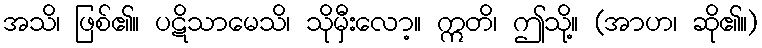
အသိ၊ ဖြစ်၏။ ပဋိသာမေသိ၊ သိုမှီးလော့။ ဣတိ၊ ဤသို့။ (အာဟ၊ ဆို၏။)